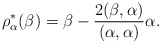
\begin{align*} \rho_\alpha^*(\beta)=\beta-\frac{2(\beta,\alpha)}{(\alpha,\alpha)}\alpha.\end{align*}